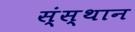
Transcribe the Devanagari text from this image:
स्ंस्थान